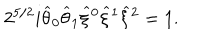
LaTeX: 2 ^ { 5 / 2 } i \widehat { \theta } _ { 0 } \widehat { \theta } _ { 1 } \widehat { \xi } { } ^ { 0 } \widehat { \xi } { } ^ { 1 } \widehat { \xi } { } ^ { 2 } = 1 .